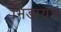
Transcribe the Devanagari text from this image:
भिडायचं